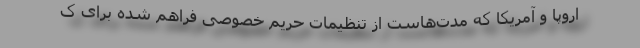
اروپا و آمریکا که مدت‌هاست از تنظیمات حریم خصوصی فراهم شده برای ک